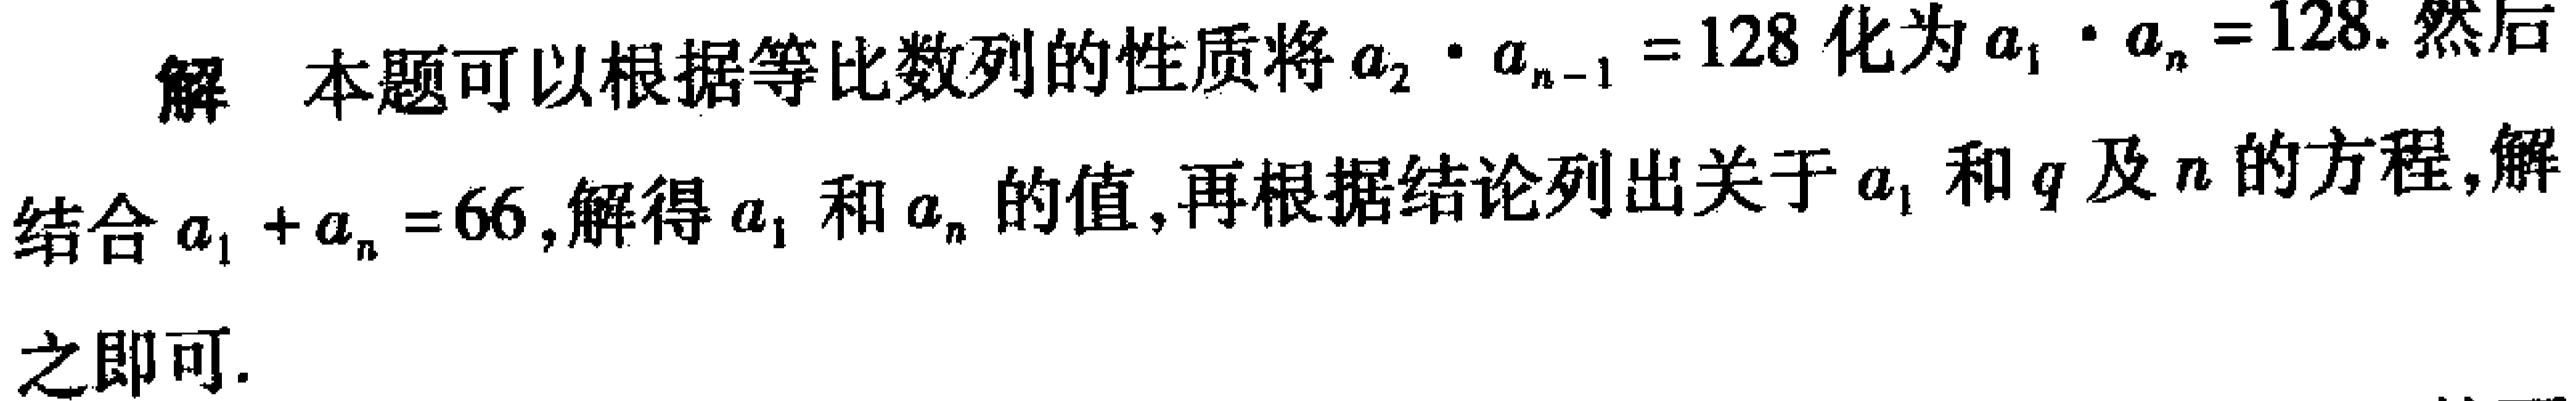
解 本题可以根据等比数列的性质将\(a_{2}\cdot a_{n - 1}=128\)化为\(a_{1}\cdot a_{n}=128\).然后结合\(a_{1}+a_{n}=66\),解得\(a_{1}\)和\(a_{n}\)的值,再根据结论列出关于\(a_{1}\)和\(q\)及\(n\)的方程,解之即可.